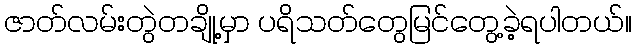
ဇာတ်လမ်းတွဲတချို့မှာ ပရိသတ်တွေမြင်တွေ့ခဲ့ရပါတယ်။